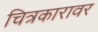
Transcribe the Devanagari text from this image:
चित्रकारावर